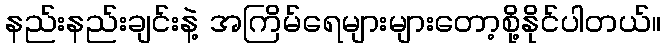
နည်းနည်းချင်းနဲ့ အကြိမ်ရေများများတော့စို့နိုင်ပါတယ်။